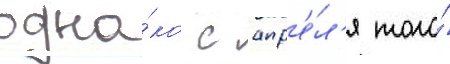
одна́ко с апр'е́л'я того́